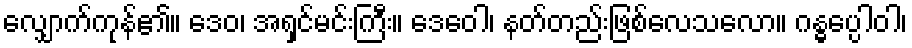
လျှောက်ကုန်၏။ ဒေဝ၊ အရှင်မင်းကြီး။ ဒေဝေါ၊ နတ်တည်းဖြစ်လေသလော။ ဂန္ဓပ္ပေါဝါ၊